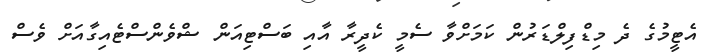
އެޓީމުގެ ދެ މިޑްފިލްޑަރުން ކަމަށްވާ ސެމީ ކެދީރާ އާއި ބަސްޓިއަން ޝްވެންސްޓެއިގާއަށް ވެސް